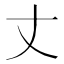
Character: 丈